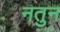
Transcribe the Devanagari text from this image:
नतुन